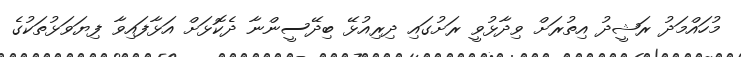
މުހައްމަދު ރަޝީދު އިތުރަށް ވިދާޅުވީ ރަށުގައި ދިރިއުޅޭ ބިދޭސީންނާ ދެކޮޅަށް އަޅާފައިވާ ފިޔަވަޅުތަކުގެ